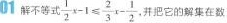
01 解不等式 $$\frac{1}{2}x-1 \leqslant \frac{2}{3}x- \frac{1}{2}$$ ,并把它的解集在数